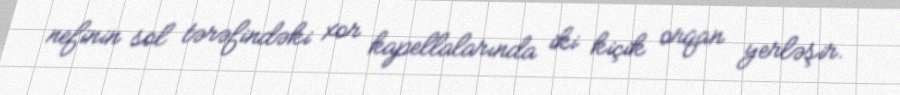
nefinin sol tərəfindəki xor kapellalarında iki kiçik orqan yerləşir.